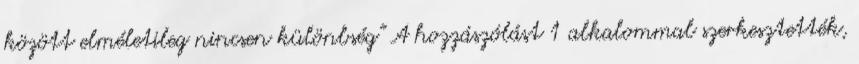
között elméletileg nincsen különbség" A hozzászólást 1 alkalommal szerkesztették,